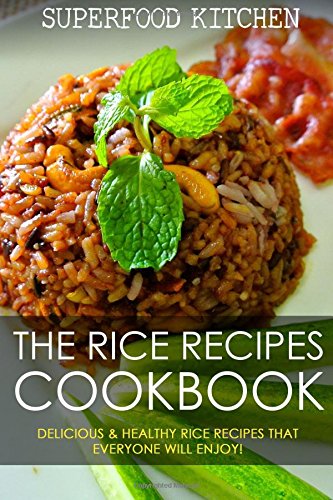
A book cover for The Rice Recipes Cookbook: Delicious & Healthy Rice Recipes That Everyone Will Enjoy!; Superfood Kitchen; Cookbooks, Food & Wine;